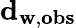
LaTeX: \mathbf{d}_{\mathbf{w},\mathbf{obs}}